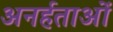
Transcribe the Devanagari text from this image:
अनर्हताओं